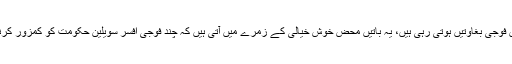
تاہم پاکستان جیسے ملک میں جہاں ماضی میں فوجی بغاوتیں ہوتی رہی ہیں، یہ باتیں محض خوش خیالی کے زمرے میں آتی ہیں کہ چند فوجی افسر سویلین حکومت کو کمزور کرنے کے لیے سیاست میں ملوث نہیں ہوں گے۔